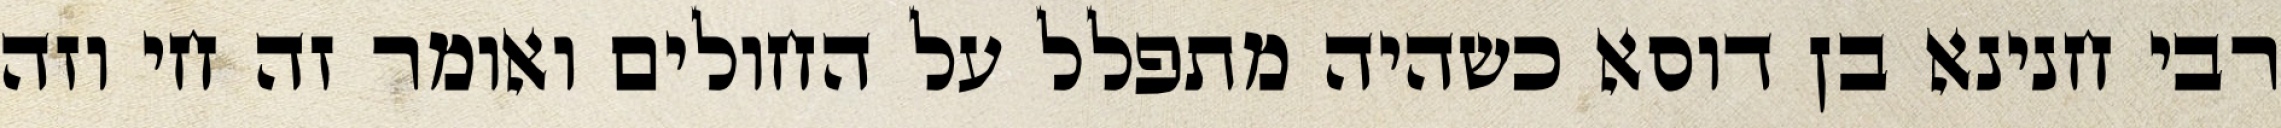
רבי חנינא בן דוסא כשהיה מתפלל על החולים ואומר זה חי וזה